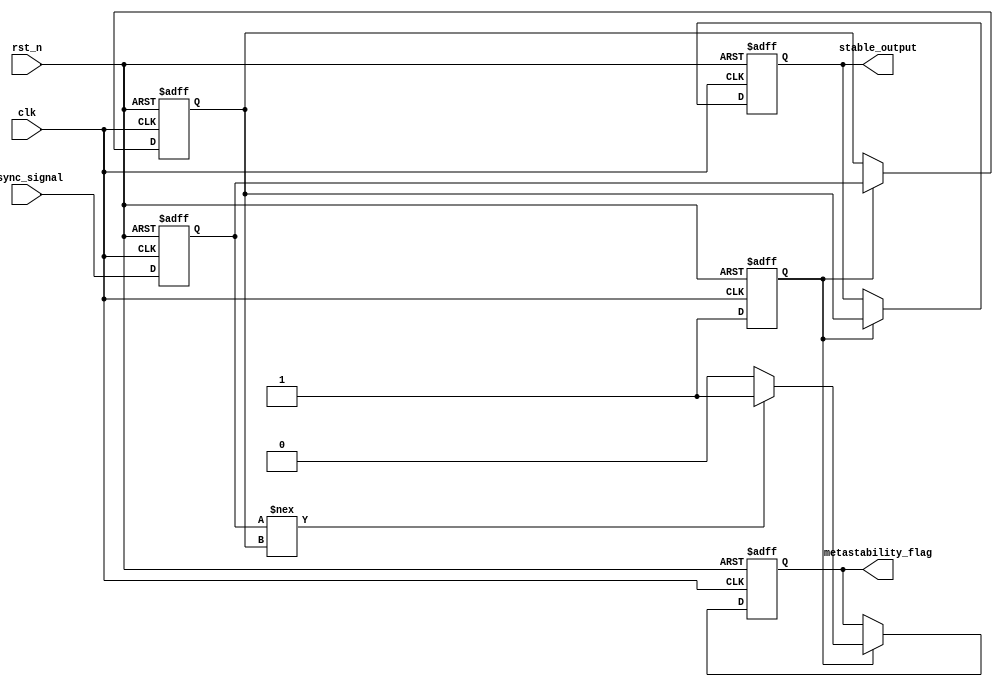
module metastability_detector (
    input wire clk,                // Clock signal
    input wire async_signal,       // Asynchronous input signal
    input wire rst_n,              // Active low reset
    output reg stable_output,       // Stabilized output signal
    output reg metastability_flag   // Metastability indicator
);

    // Internal signals
    reg latch1, latch2;            // Intermediate latches
    reg latch1_valid;              // Valid flag for latch1 output

    // Process for sampling the asynchronous input signal
    always @(posedge clk or negedge rst_n) begin
        if (!rst_n) begin
            latch1 <= 1'b0;
            latch1_valid <= 1'b0;
        end else begin
            latch1 <= async_signal;          // Sample the asynchronous signal
            latch1_valid <= 1'b1;            // Indicate latch1 has a valid sample
        end
    end

    // Process for sampling the output of the first latch
    always @(posedge clk or negedge rst_n) begin
        if (!rst_n) begin
            latch2 <= 1'b0;
            stable_output <= 1'b0;
            metastability_flag <= 1'b0;
        end else if (latch1_valid) begin
            latch2 <= latch1;                // Sample output from latch1
            stable_output <= latch2;         // Update stable output
            metastability_flag <= (latch1 !== latch2) ? 1'b1 : 1'b0; // Check for metastability
        end
    end

endmodule